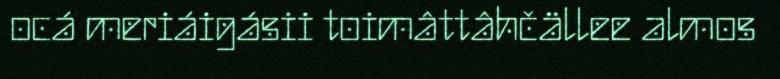
ocá meriáigásii toimâttâhčällee almos